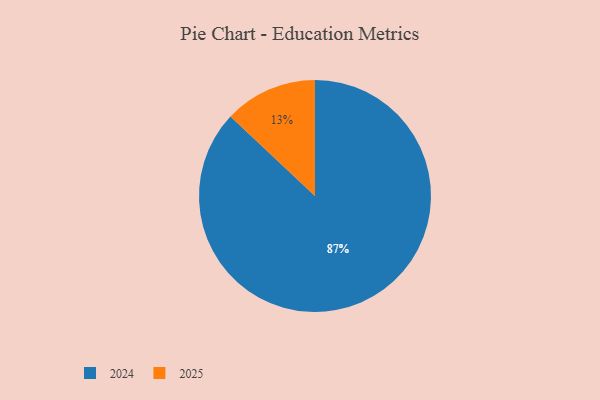
{"axis": {"x": "Category", "y": "Percentage"}, "legend": ["2024", "2025"], "data": [{"x": "2025", "y": 13, "type": "2025"}, {"x": "2024", "y": 87, "type": "2024"}]}